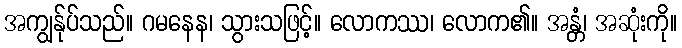
အကျွန်ုပ်သည်။ ဂမနေန၊ သွားသဖြင့်။ လောကဿ၊ လောက၏။ အန္တံ၊ အဆုံးကို။